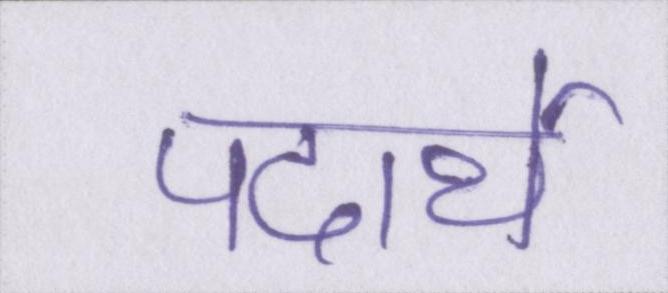
पदार्थे